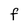
Character: F